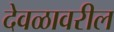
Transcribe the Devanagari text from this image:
देवळावरील